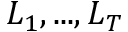
L _ { 1 } , . . . , L _ { T }